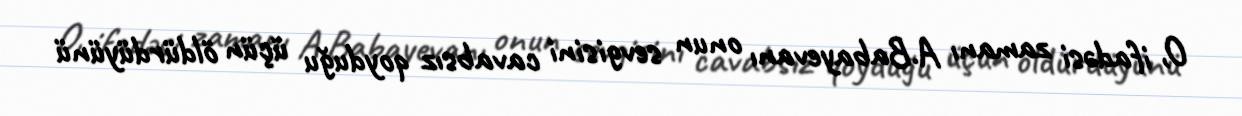
O, ifadəsi zamanı A.Babayevanı onun sevgisini cavabsız qoyduğu üçün öldürdüyünü